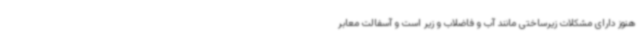
هنوز دارای مشکلات زیرساختی مانند آب و فاضلاب و زیر است و آسفالت معابر